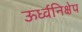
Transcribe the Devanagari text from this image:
ऊर्ध्वनिक्षेप